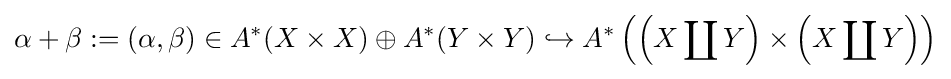
\alpha +\beta :=(\alpha ,\beta )\in A^{*}(X\times X)\oplus A^{*}(Y\times Y)\hookrightarrow A^{*}\left(\left(X\coprod Y\right)\times \left(X\coprod Y\right)\right)